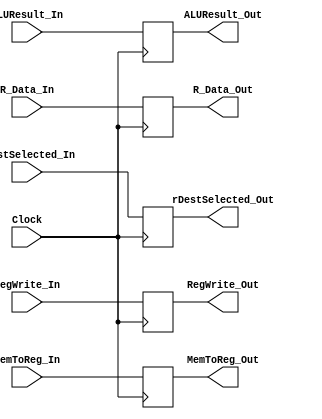
`timescale 1ns / 1ps
//////////////////////////////////////////////////////////////////////////////////
// Company: 
// Engineer: 
// 
// Design Name: 
// Module Name: MemoryToWriteBack
// Project Name: 
// Target Devices: 
// Tool Versions: 
// Description: 
// 
// Dependencies: 
// 
// Revision:
// Revision 0.01 - File Created
// Additional Comments:
// 
//////////////////////////////////////////////////////////////////////////////////


module MemoryToWriteBack(
Clock, 

// Inputs
RegWrite_In, MemToReg_In, R_Data_In, ALUResult_In, rDestSelected_In,

// Outputs
RegWrite_Out, MemToReg_Out, R_Data_Out, ALUResult_Out, rDestSelected_Out
);
input Clock;
input RegWrite_In, MemToReg_In;
input [31:0] ALUResult_In, R_Data_In;
input [4:0] rDestSelected_In;

output reg RegWrite_Out, MemToReg_Out;
output reg [31:0] ALUResult_Out, R_Data_Out;
output reg [4:0] rDestSelected_Out;

always @ (posedge Clock) begin 
RegWrite_Out <= RegWrite_In;
MemToReg_Out <= MemToReg_In;
ALUResult_Out <= ALUResult_In;
R_Data_Out <= R_Data_In;
rDestSelected_Out <= rDestSelected_In;
end

endmodule